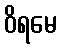
ဝိရမေ